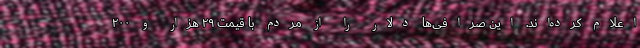
اعلام کرده‌اند. این صرافی‌ها دلار را از مردم با قیمت ۲۹ هزار و ۲۰۰